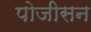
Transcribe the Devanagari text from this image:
पोजीसन